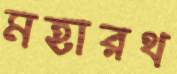
মহারথ